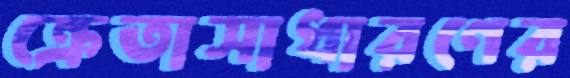
ক্রেতাসাধারণের